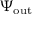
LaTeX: \Psi _ { \mathrm { o u t } }